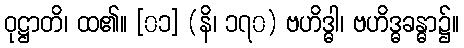
ဝုဋ္ဌာတိ၊ ထ၏။ [၀၁] (နိ၊ ၁၇၀) ဗဟိဒ္ဓါ၊ ဗဟိဒ္ဓခန္ဓာ၌။